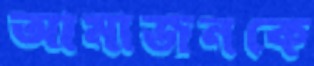
আমাজনকে